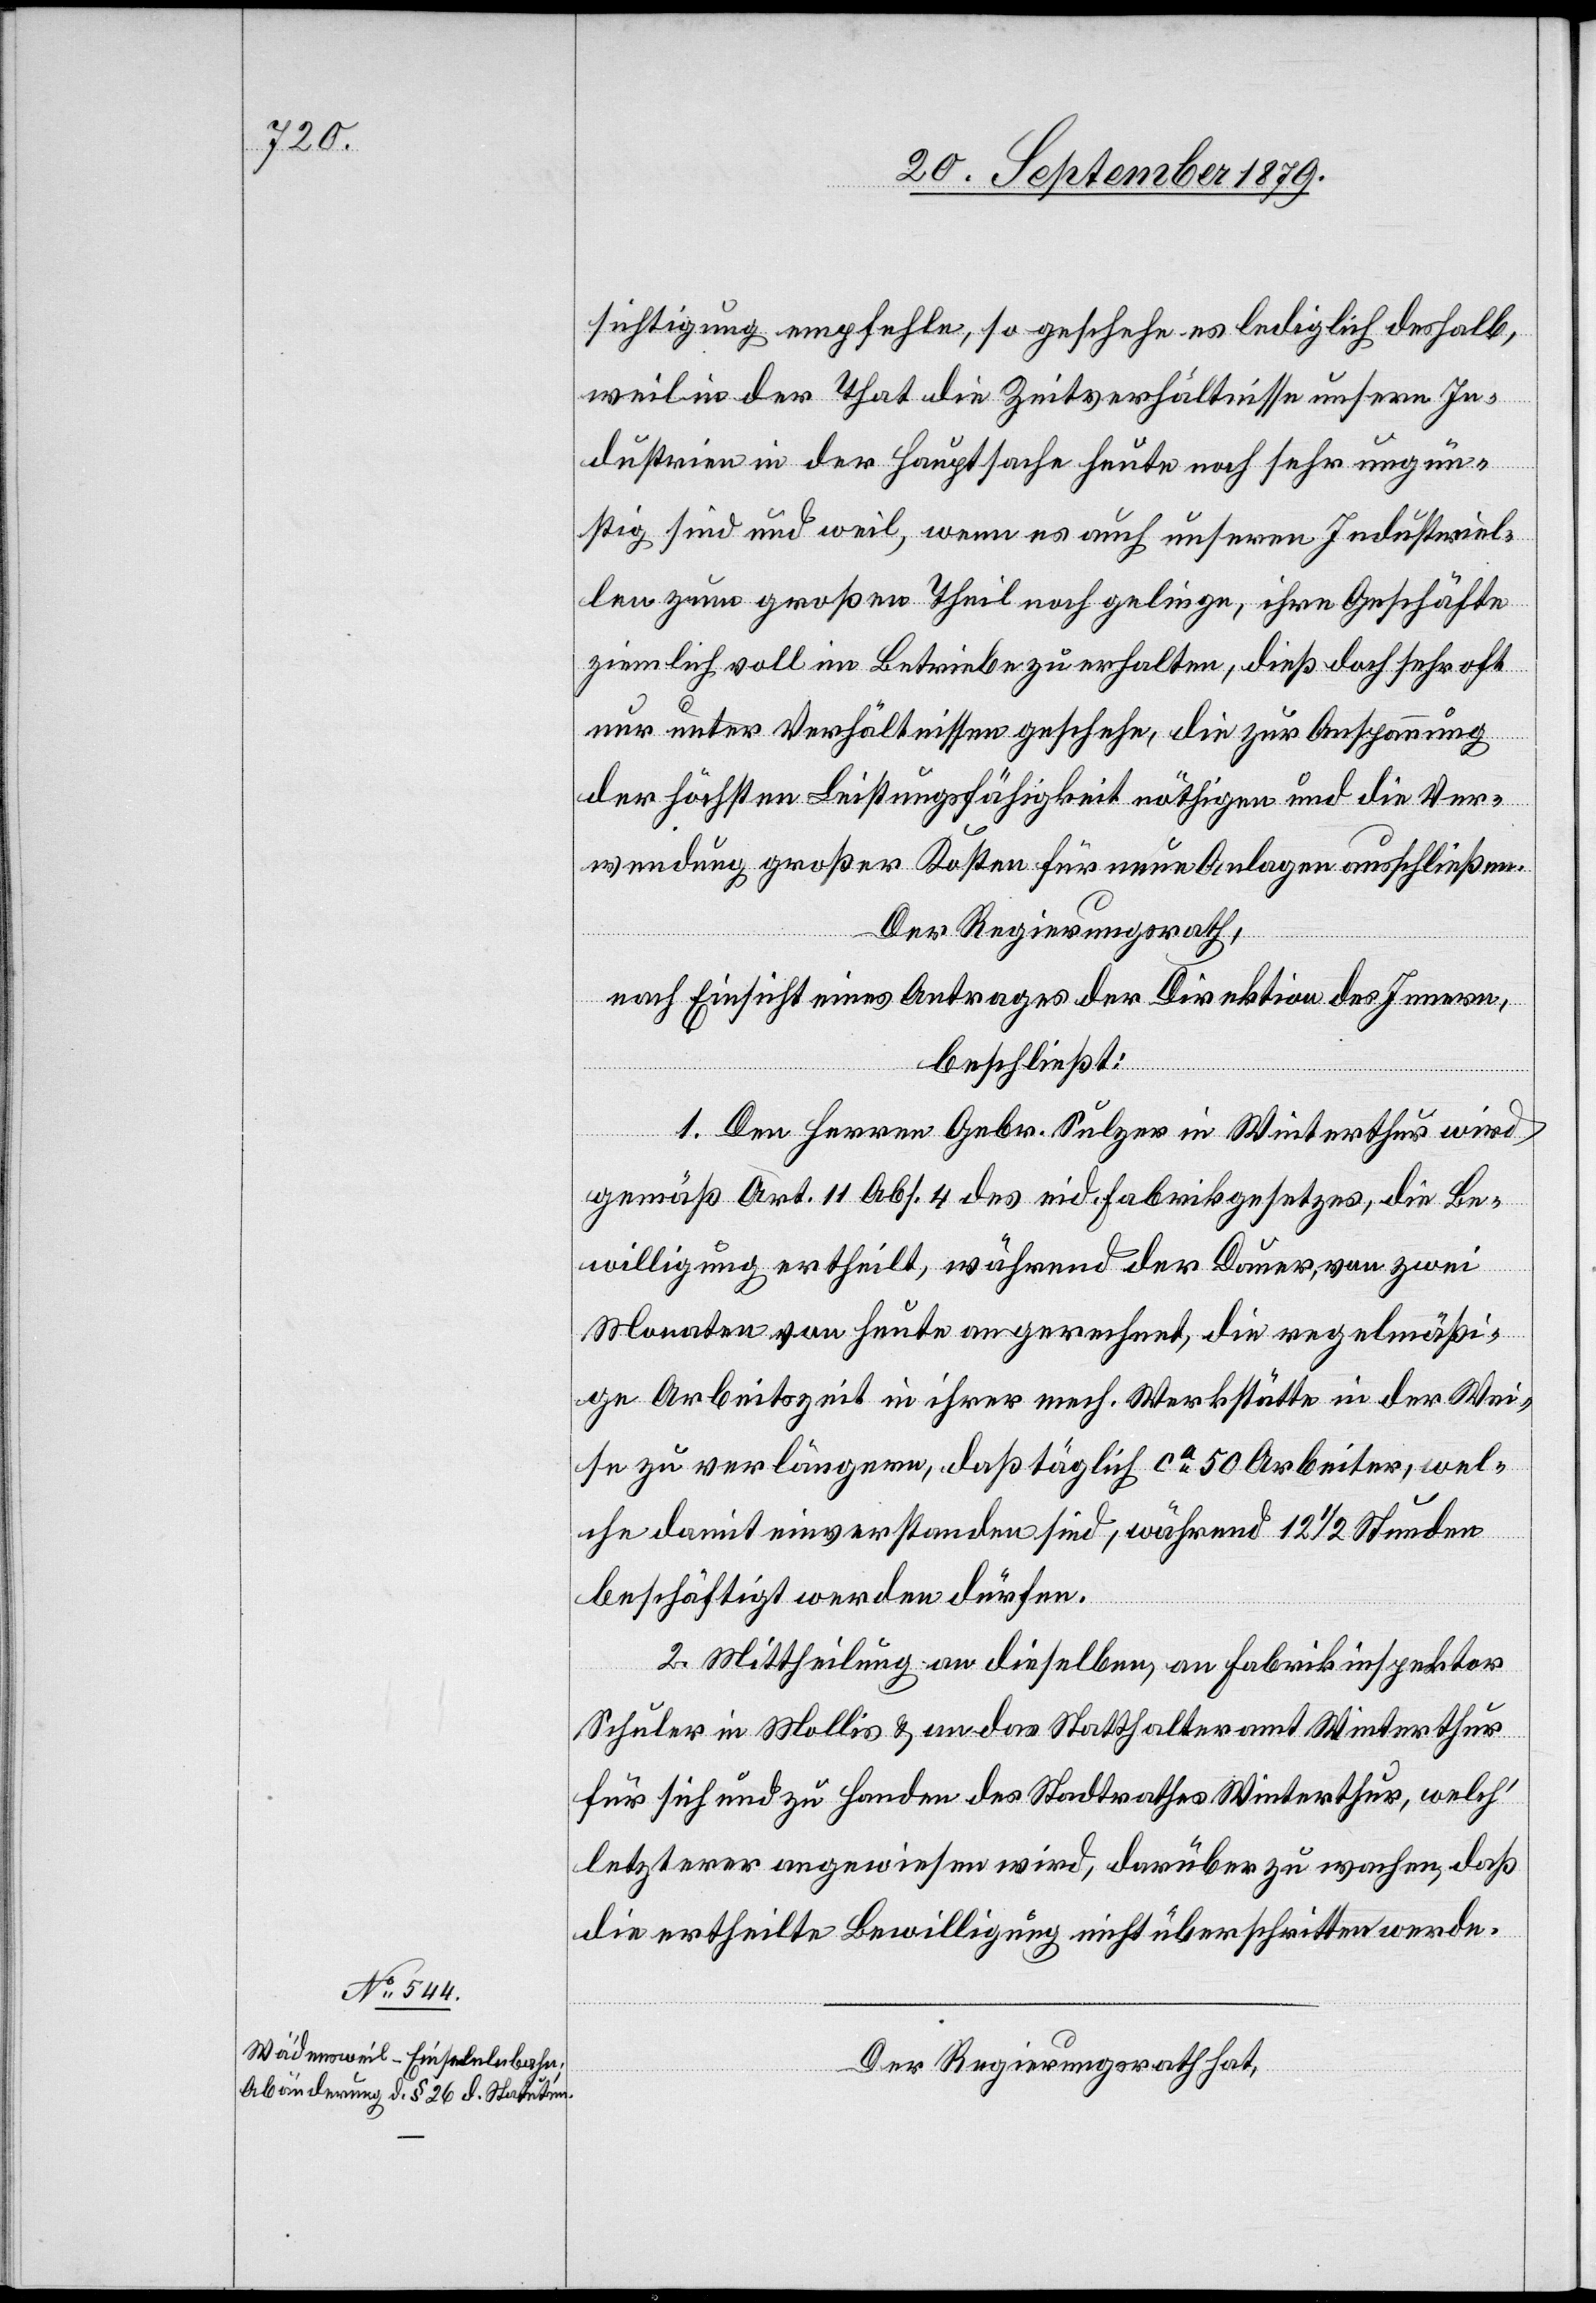
sichtigung empfehle, so geschehe es lediglich deshalb,
weil in der That die Zeitverhältnisse unsere In¬
dustrien in der Hauptsache heute noch sehr ungün¬
stig sind und weil, wenn es auch unseren Industriel¬
len zum großen Theil noch gelinge, ihre Geschäfte
ziemlich voll im Betriebe zu erhalten, dieß doch sehr oft
nur unter Verhältnissen geschehe, die zur Anspannung
der höchsten Leistungsfähigkeit nöthigen und die Ver¬
wendung großer Kosten für neue Anlagen ausschließen.
Der Regierungsrath,
nach Einsicht eines Antrages der Direktion des Innern,
beschließt:
1. Den Herren Gebr. Sulzer in Winterthur wird
gemäß Art. 11 Abs. 4 des eid. Fabrikgesetzes, die Be¬
willigung ertheilt, während der Dauer von zwei
Monaten von heute an gerechnet, die regelmäßi¬
ge Arbeitszeit in ihrer mech. Werkstätte in der Wei¬
se zu verlängern, daß täglich ca 50 Arbeiter, wel¬
che damit einverstanden sind, während 12 1/2 Stunden
beschäftigt werden dürfen.
2. Mittheilung an dieselben, an Fabrikinspektor
Schuler in Mollis & an das Statthalteramt Winterthur
für sich und zu Handen des Stadtrathes Winterthur, welch’
letzterer angewiesen wird, darüber zu wachen, das
die ertheilte Bewilligung nicht überschritten werde.
Der Regierungsrath hat,